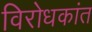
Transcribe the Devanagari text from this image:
विरोधकांत